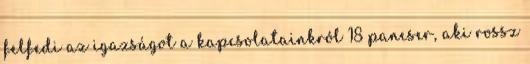
felfedi az igazságot a kapcsolatainkról 18 pancser, aki rossz